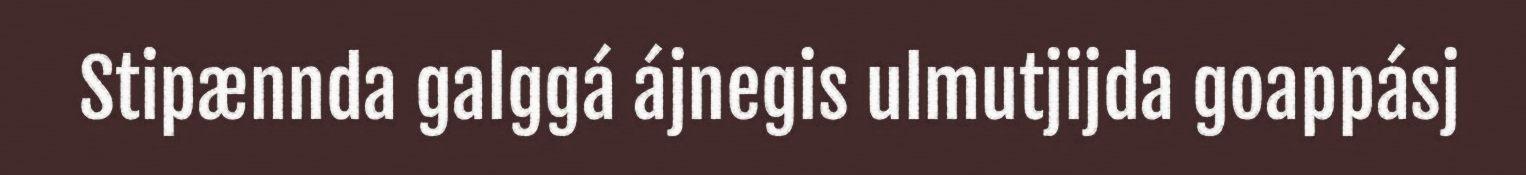
Stipænnda galggá ájnegis ulmutjijda goappásj